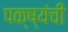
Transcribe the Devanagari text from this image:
पक्ष्यंची